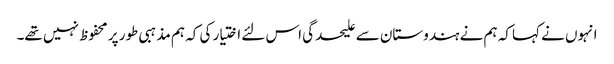
انہوں نے کہا کہ ہم نے ہندوستان سے علیحدگی اس لئے اختیار کی کہ ہم مذہبی طور پر محفوظ نہیں تھے۔